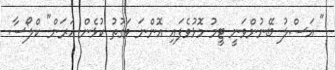
" އަސްލު ބޭނުންވަނީ ޓީމު މޮޅުވެފައި އޮންނަ ވަގުތު ކުޅެން އަރަން" ކްލޯސާ